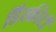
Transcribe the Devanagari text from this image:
डिस्कीटों